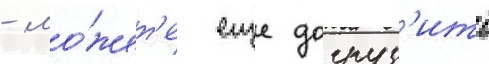
- мо́жет'е еще догруз'ить